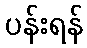
ပန်းရန်